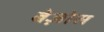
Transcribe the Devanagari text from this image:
बेज़ोस